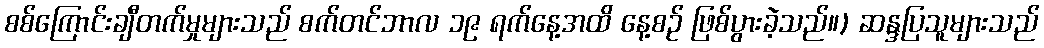
စစ်ကြောင်းချီတက်မှုများသည် စက်တင်ဘာလ ၁၉ ရက်နေ့အထိ နေ့စဉ် ဖြစ်ပွားခဲ့သည်။) ဆန္ဒပြသူများသည်